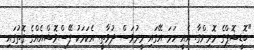
"ބޮޑީޝޮޕްގެ މޮރިންގާ. އެއީ ހަމަ އޭގައި މީރުވަސް ދުވާތީ. އެކަމަކު ފޭސްވޮޝްއެއްގެ ގޮތުގައި